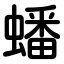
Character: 蟠